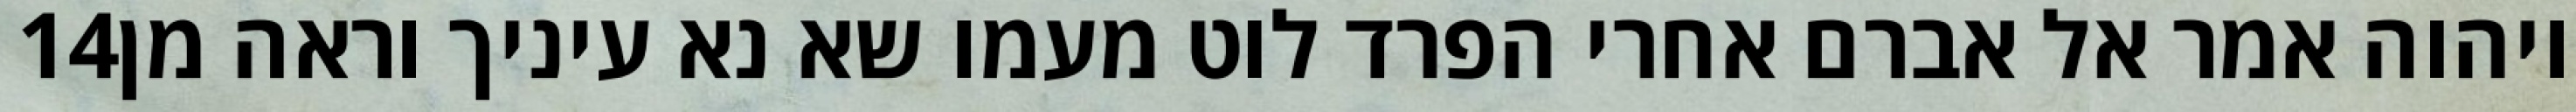
‎14‏ ויהוה אמר אל אברם אחרי הפרד לוט מעמו שא נא עיניך וראה מן